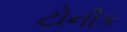
ટોનીક